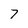
Character: 7